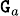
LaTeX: \scriptstyle{\mathtt{G}_{a}}